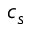
c _ { s }